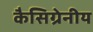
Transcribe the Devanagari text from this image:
कैसिग्रेनीय